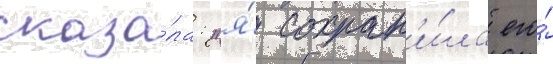
сказа́ла: "я́ сохран'и́ла его́